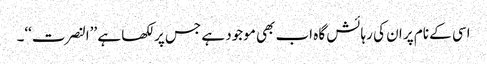
اسی کے نام پر ان کی رہائش گاہ اب بھی موجود ہے جس پر لکھا ہے ’’النصرت‘‘۔